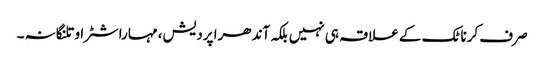
صرف کرناٹک کے علاقہ ہی نہیں بلکہ آندھرا پردیش، مہاراشٹرا و تلنگانہ ۔